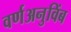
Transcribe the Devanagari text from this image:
वर्णअनुविंब